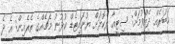
ޚަބަރެއް ދެއްވުމަށް: ސިޓީއާ ދެކޮޅަށް ޔުނައިޓެޑް ކުޅުނު މެޗެއްގެ ތެރެއިން: އެ ދެ